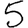
Digit: 5